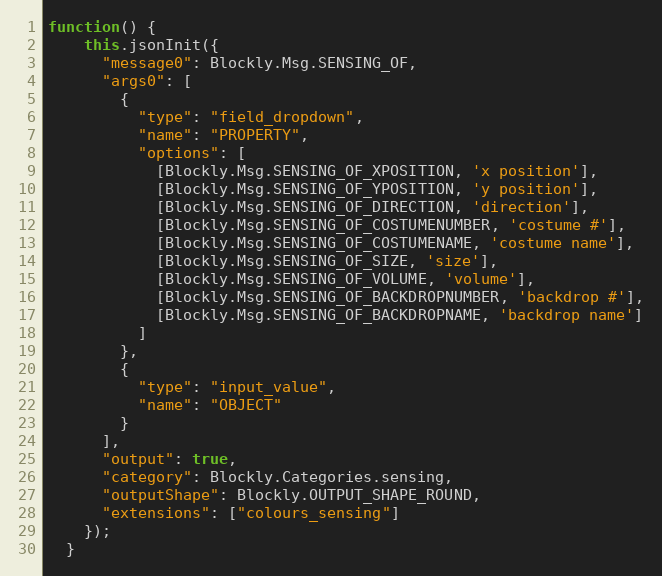
Language: JavaScript
function() {
    this.jsonInit({
      "message0": Blockly.Msg.SENSING_OF,
      "args0": [
        {
          "type": "field_dropdown",
          "name": "PROPERTY",
          "options": [
            [Blockly.Msg.SENSING_OF_XPOSITION, 'x position'],
            [Blockly.Msg.SENSING_OF_YPOSITION, 'y position'],
            [Blockly.Msg.SENSING_OF_DIRECTION, 'direction'],
            [Blockly.Msg.SENSING_OF_COSTUMENUMBER, 'costume #'],
            [Blockly.Msg.SENSING_OF_COSTUMENAME, 'costume name'],
            [Blockly.Msg.SENSING_OF_SIZE, 'size'],
            [Blockly.Msg.SENSING_OF_VOLUME, 'volume'],
            [Blockly.Msg.SENSING_OF_BACKDROPNUMBER, 'backdrop #'],
            [Blockly.Msg.SENSING_OF_BACKDROPNAME, 'backdrop name']
          ]
        },
        {
          "type": "input_value",
          "name": "OBJECT"
        }
      ],
      "output": true,
      "category": Blockly.Categories.sensing,
      "outputShape": Blockly.OUTPUT_SHAPE_ROUND,
      "extensions": ["colours_sensing"]
    });
  }